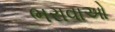
ભરાવાઓ